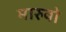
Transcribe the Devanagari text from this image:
मारुबो